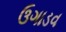
ઉગાડવ